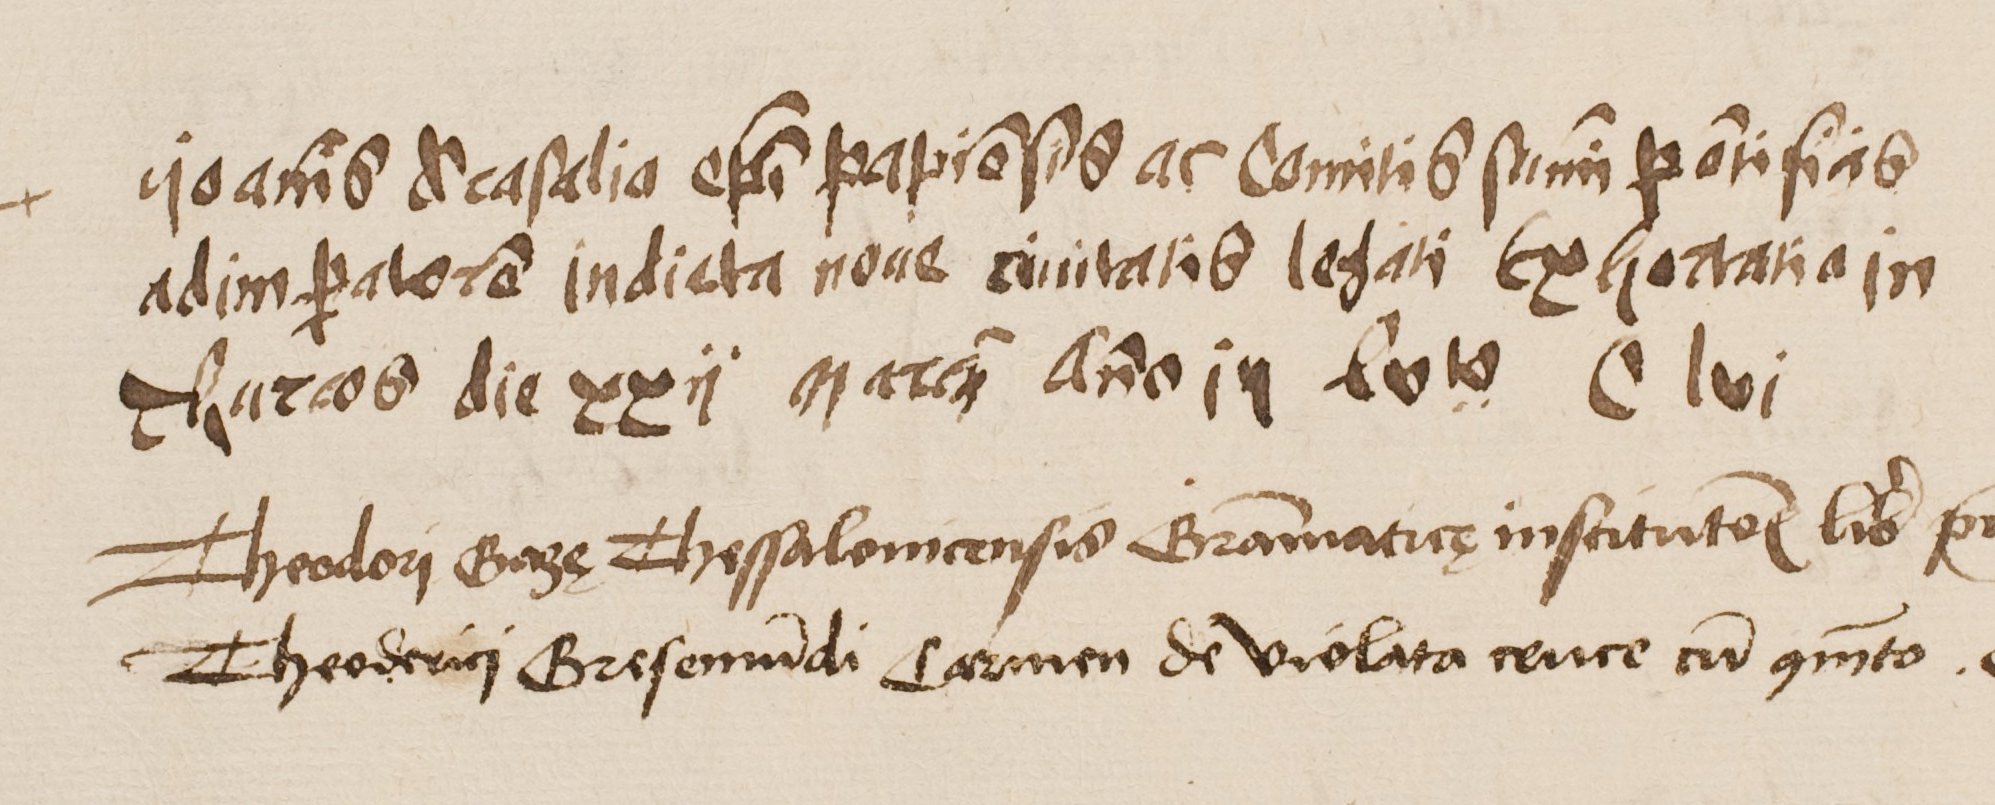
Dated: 1500–1530